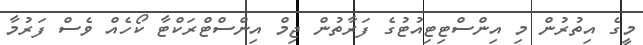
މީގެ އިތުރުން މި އިންސްޓިޓިއުޓުގެ ފަރާތުން ޖިމް އިންސްޓްރަކްޓާ ކޯހެއް ވެސް ފަރުމާ